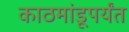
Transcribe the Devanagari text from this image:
काठमांडूपर्यंत